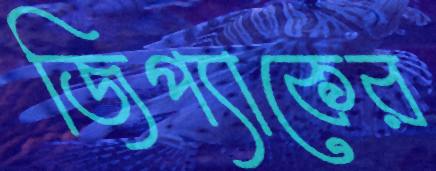
জিপ্যাকের